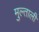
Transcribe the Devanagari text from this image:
मुल्ताली